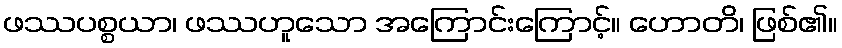
ဖဿပစ္စယာ၊ ဖဿဟူသော အကြောင်းကြောင့်။ ဟောတိ၊ ဖြစ်၏။